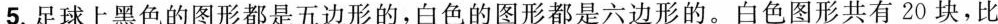
5.足球上黑色的图形都是五边形的，白色的图形都是六边形的。白色图形共有20块，比